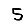
Digit: 5